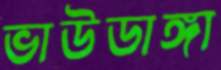
ভাউডাঙ্গা